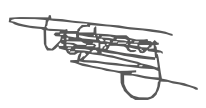
Text: using
Cross-out: scratch
Writing tool: digital_gray